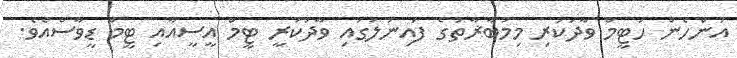
އަންހެން ހަޓީމް ވާދަކުރި މިމުބާޜާތުގެ ފައިނަލުގައި ވާދަކުރީ ޓީމް އީސީއާއި ޓީމް ޑީވާސްއެވެ.